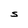
Character: S